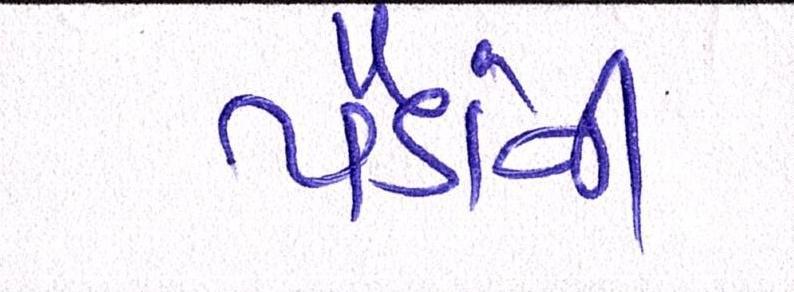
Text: પૈડાંની